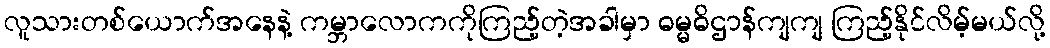
လူသားတစ်ယောက်အနေနဲ့ ကမ္ဘာလောကကိုကြည့်တဲ့အခါမှာ ဓမ္မဓိဌာန်ကျကျ ကြည့်နိုင်လိမ့်မယ်လို့